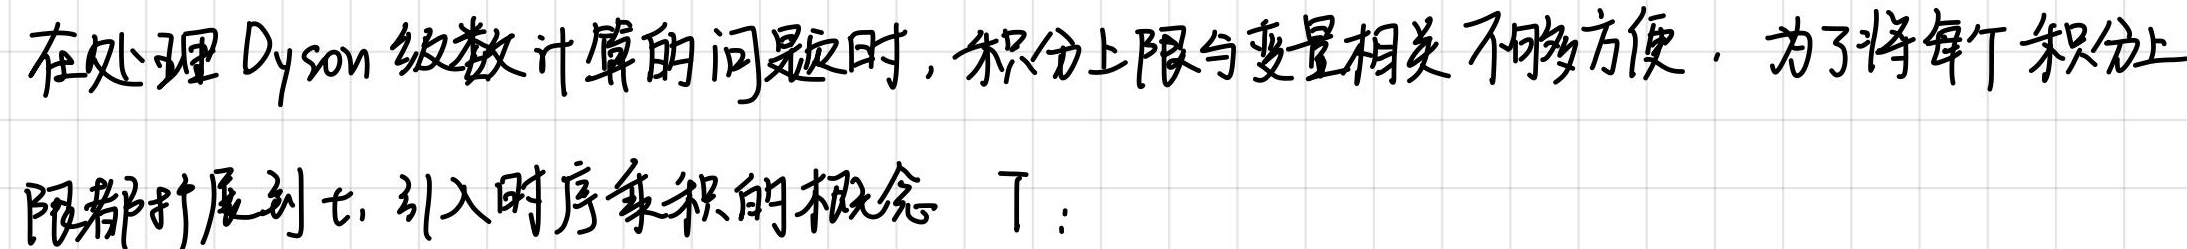
在处理 Dyson 级数计算的问题时，积分上限与变量相关不够方便. 为了将每个积分上限都扩展到 $t$, 引入时序乘积的概念 $\mathrm{T}$: